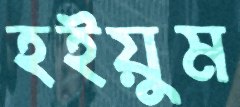
হইয়ুম